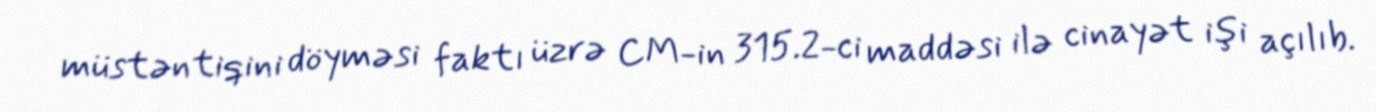
müstəntiqini döyməsi faktı üzrə CM-in 315.2-ci maddəsi ilə cinayət işi açılıb.